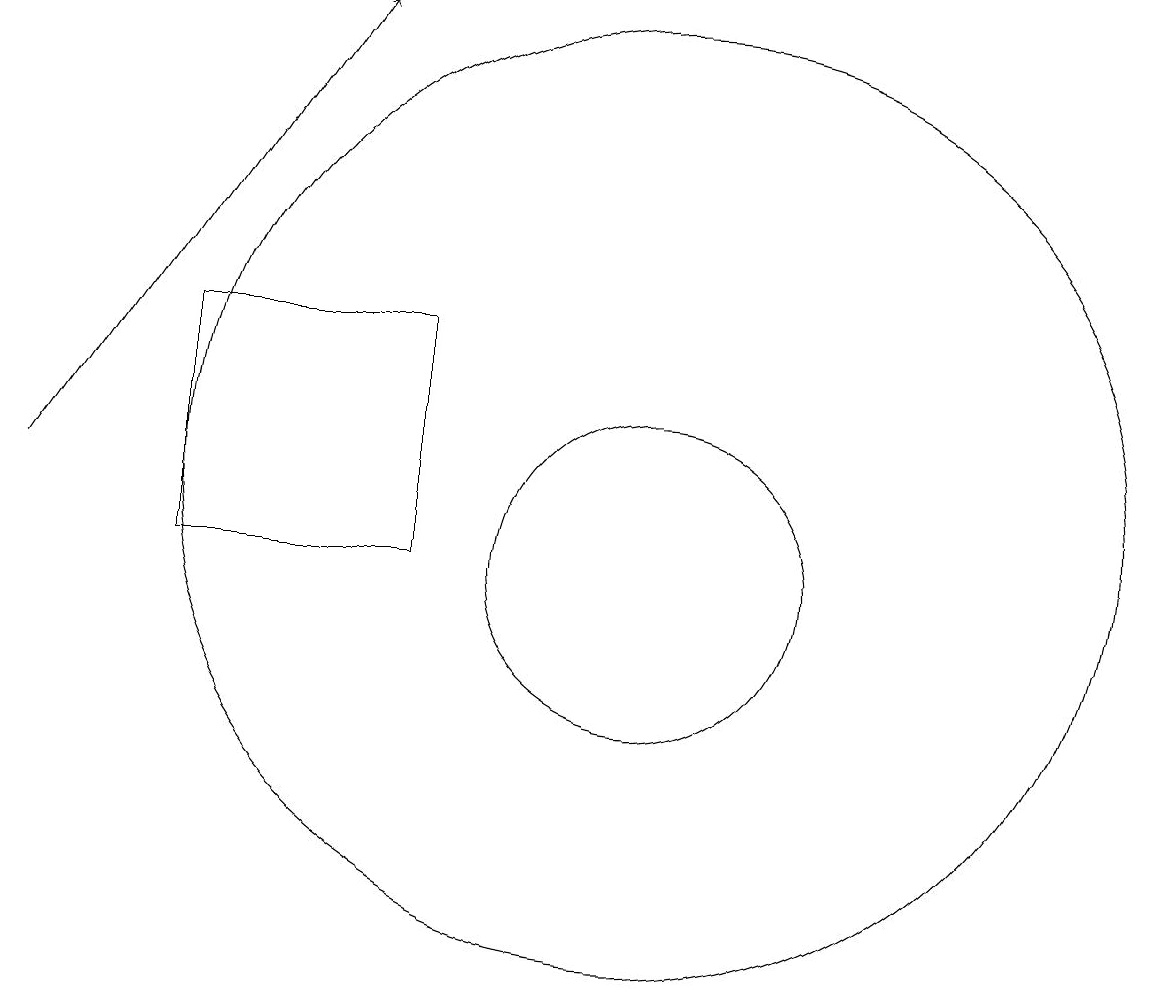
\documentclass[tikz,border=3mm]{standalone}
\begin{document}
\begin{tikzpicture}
\draw (6,11) rectangle (9,14);
\draw (12,12) circle (6);
\draw[->] (4,12) -- (8,18);
\draw (12,11) circle (2);
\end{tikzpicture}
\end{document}